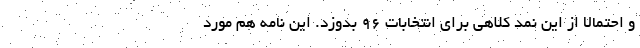
و احتمالا از این نمد کلاهی برای انتخابات 96 بدوزد. این نامه هم مورد